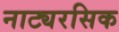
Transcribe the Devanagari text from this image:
नाट्यरसिक